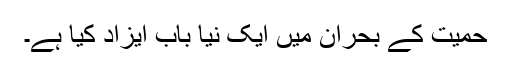
حمیت کے بحران میں ایک نیا باب ایزاد کیا ہے۔